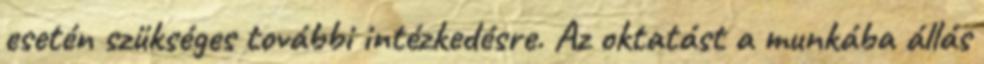
esetén szükséges további intézkedésre. Az oktatást a munkába állás